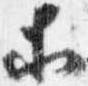
等